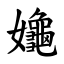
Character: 䶯